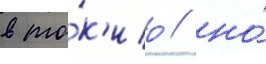
в то́к'ио / но́